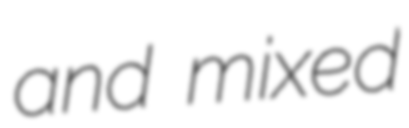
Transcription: and mixed